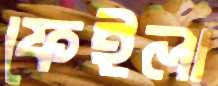
ফেইলা